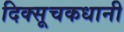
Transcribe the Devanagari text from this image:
दिक्सूचकधानी